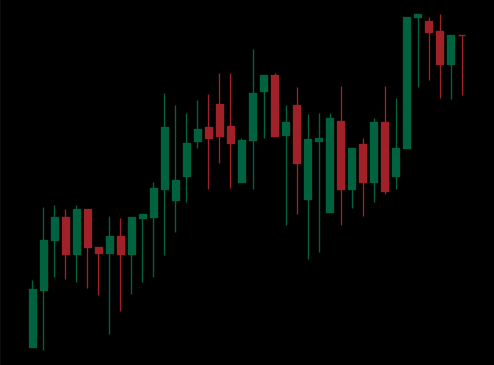
Pattern: unclassified